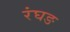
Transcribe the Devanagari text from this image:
रंघङ